Kassari_(Keina)_vallavalitsus, lk 50
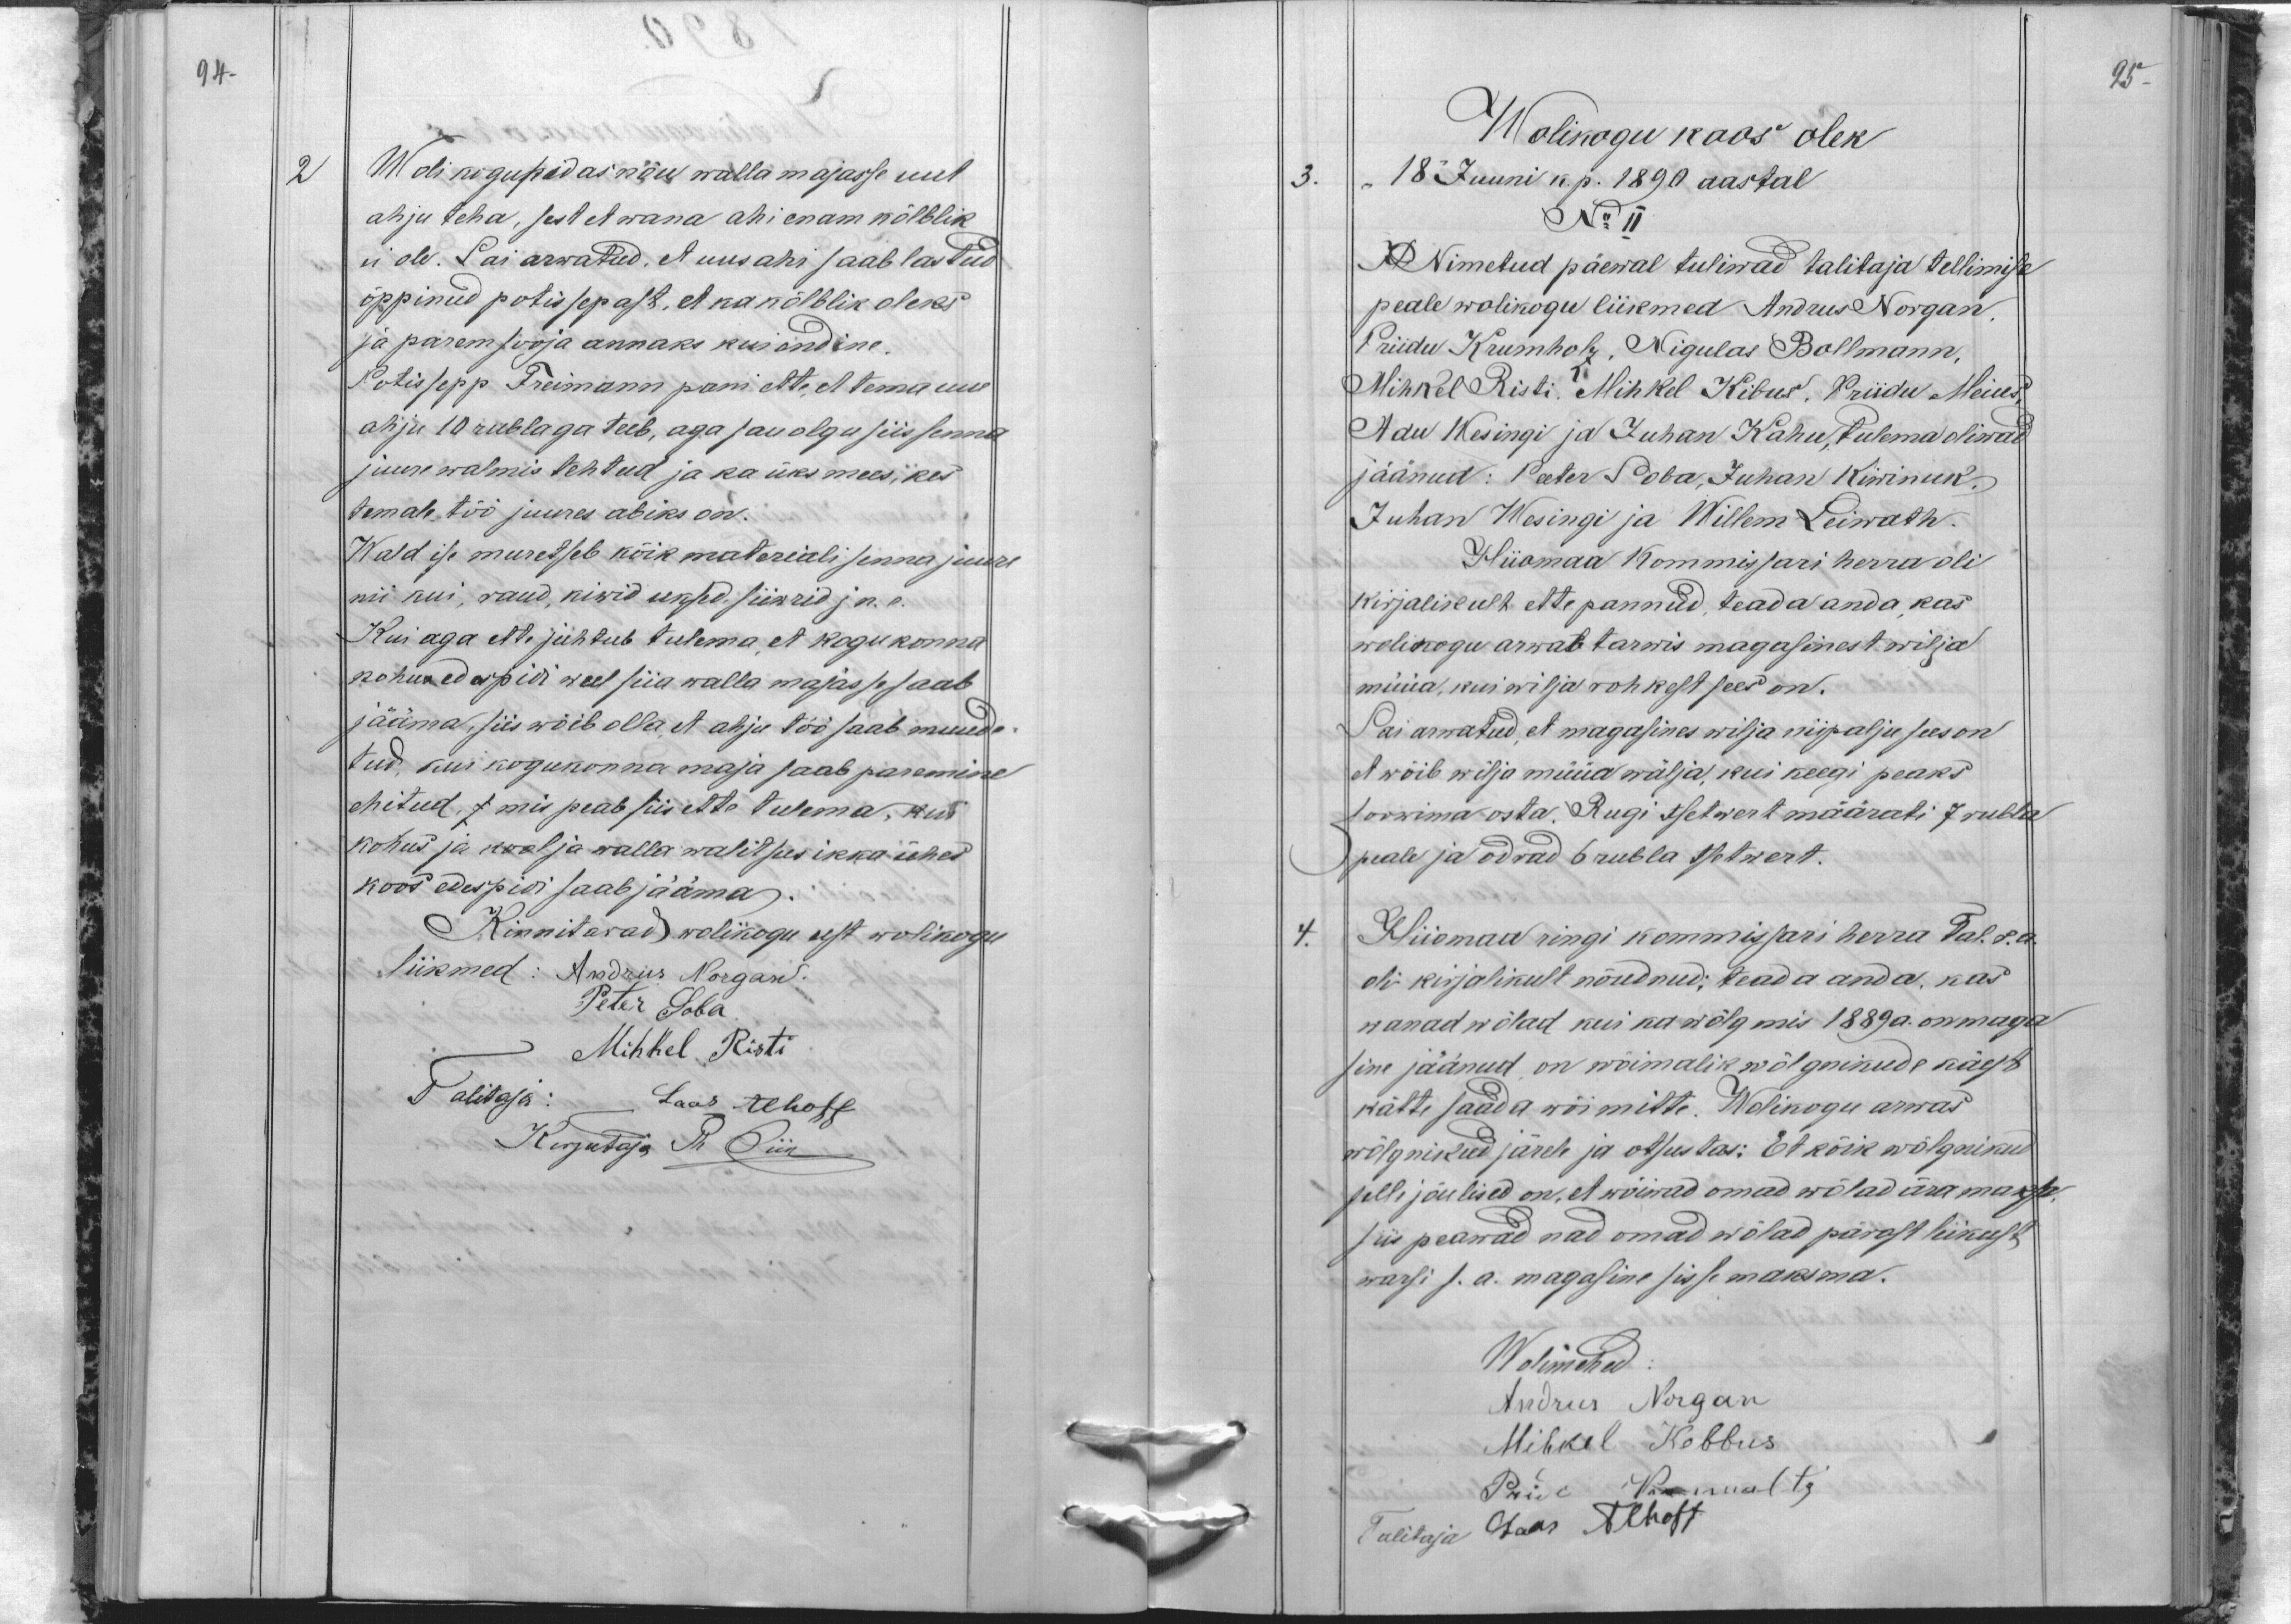
94.

2
Woli kogupidas nõu wallamajasse uut
ahju teha, sest et wana ahi enam kõlblik
ei ole. Sai arwatud, et uus ahi saab lastud
õppinud potissepast, et ka kõlblik oleks
ja parem sooja annaks kui endine.
Potissepp Treimann pani ette, et tema uue
ahju 10 rublaga teeb, aga sau olgu siis senna
juure walmis tehtud ja ka üks mees, kes
temale töö juures abiks on.
Wald ise muretseb kõik materiali senna juure
nii kui, raud, kiwid uksed, siiwrid ja n. e.
Kui aga ette juhtub tulema, et kogukonna
kohus edaspidi weel siia walla majasse saab
jääma, siis wõib olla, et ahju töö saab muude-
tud, kui kogukonna maja saab panemine
ehitud, s mis peab siis ette tulema, kui
kohus ja kool ja walla walitsus ikka ühes
koos edespidi saab jääma.
Kinnitavad wolikogu eest wolikogu
liikmed: Andrus Norgan
Peter Soba
Mihkel Risti
Talitaja: Laas Alhoff
Kirjutaja Th Piir

95
Wolikogu koos olek
3.
18 Juuni k. p. 1890 aastal
No II
Nimetud päewal tuliwad talitaja tellimise
peale wolikogu liikmed Andrus Norgan
Priidu Krumholz, Nigulas Bollmann,
Mihkel Risti, Mihkel Kibus, Priidu Meius,
Adu Wesingi ja Juhan Kahu, tulema oliwad
jäänud: Peeter Soba, Juhan Kiwinuk.
Juhan Wesingi ja Willem Leiwath.
Hiiomaa Kommissari herra oli
kirjalikult ette pannud, teada anda kas
wolikogu arwab tarwis magasinest wilja
müüa, kui wilja rohkest sees on.
Sai arwatud, et magasines wilja niipalju sees on
et wõib wilja müüa wälja, kui keegi peaks
soowima osta. Rugi tsetwert määrati 7 rubla
peale ja odrad 6 rubla tsetwert.
4.
Hiiomaa ringi kommissari herra Tal. r.a.
oli kirjalikult nõudnud: teada anda, kas
wanad wõlad kui ka wõlg mis 1889 a. on maga-
sine jäänud on wõimalik wõlgnikude käest
kätte saada wõi mitte. Wolikogu arwas
wõlgnikud järele ja otsustas: Et kõik wõlgnikud
selle jõulised on, et wõiwad omad wõlad ära maksa.
siis peawad nad omad wõlad pärast leikust
warsi s. a. magasime sisse maksma.
Wolimehed
Andrus Norgan
Mihkel Kebbus
Priit Krumoltz
Talitaja Jaan Alhoff